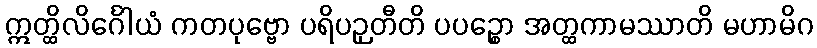
ဣတ္ထိလိင်္ဂေါယံ ကတပုဗ္ဗော ပရိပဉှတီတိ ပပဉ္စော အတ္ထကာမဿာတိ မဟာမိဂ